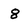
Character: 8